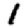
Digit: 1